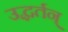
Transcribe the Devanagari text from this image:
उद्धर्तन्